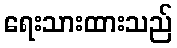
ရေးသားထားသည်